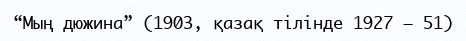
“Мың дюжина” (1903, қазақ тілінде 1927 — 51)